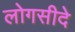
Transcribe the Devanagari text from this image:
लोगसीदे